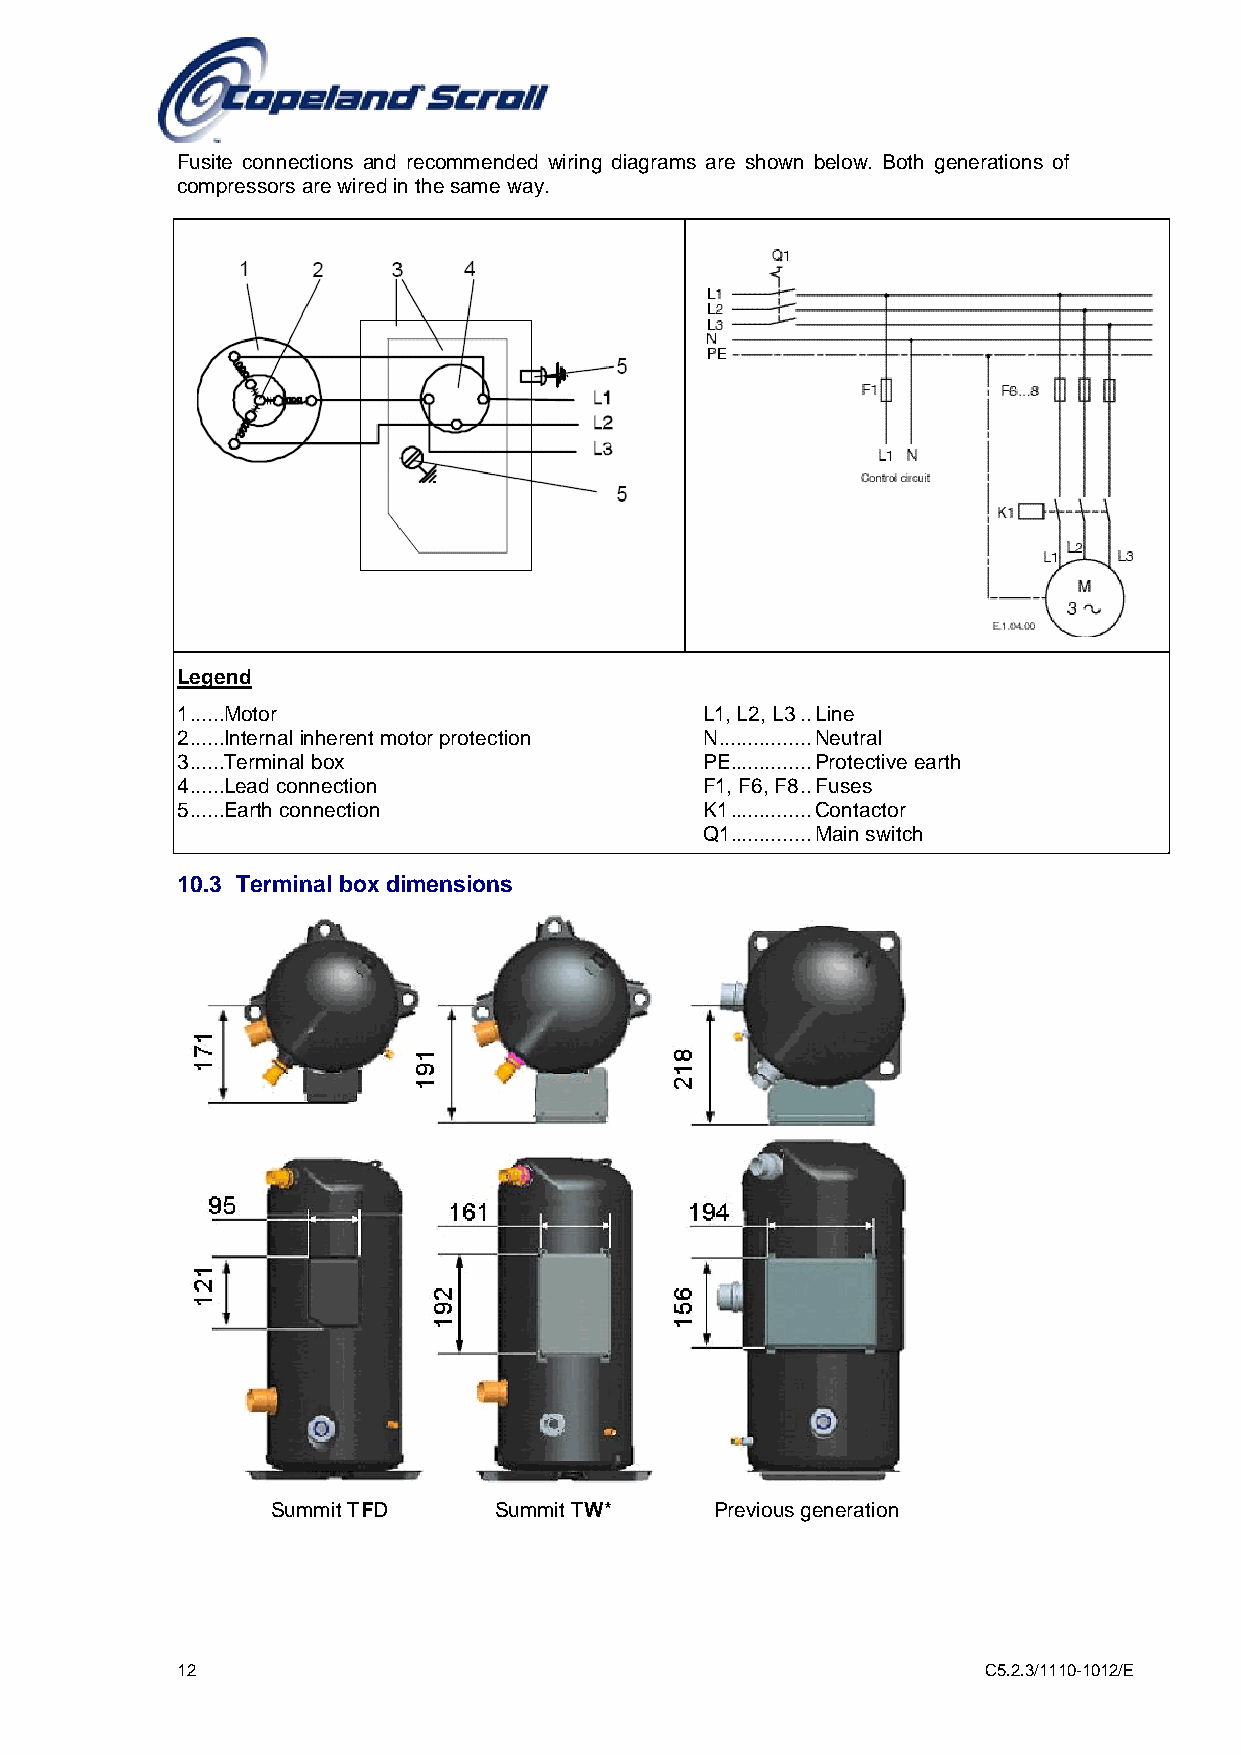
Fusite connections and recommended wiring diagrams are shown below. Both generations of
 compressors are wired in the same way.
 Legend
 1 ......Motor                      L1, L2, L3 .. Line
 2 ......Internal inherent motor protection N ................ Neutral
 3 ......Terminal box               PE .............. Protective earth
 4 ......Lead connection            F1, F6, F8 .. Fuses
 5 ......Earth connection           K1 .............. Contactor
 Q1 .............. Main switch
 10.3 Terminal box dimensions
 Summit TFD     Summit TW*    Previous generation
 12                                                   C5.2.3/1110-1012/E